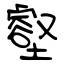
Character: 壑